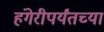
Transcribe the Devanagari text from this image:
हंगेरीपर्यंतच्या